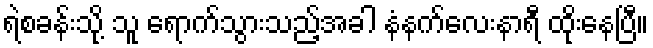
ရဲစခန်းသို့ သူ ရောက်သွားသည့်အခါ နံနက်လေးနာရီ ထိုးနေပြီ။